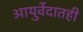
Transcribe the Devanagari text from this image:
आयुर्वेदातही